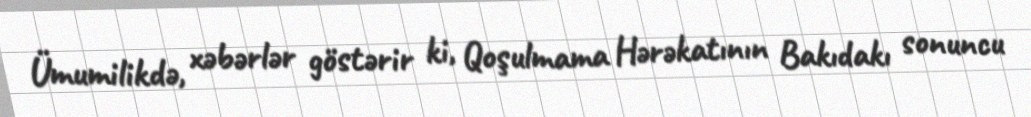
Ümumilikdə, xəbərlər göstərir ki, Qoşulmama Hərəkatının Bakıdakı sonuncu